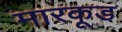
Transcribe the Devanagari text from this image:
मारकूड